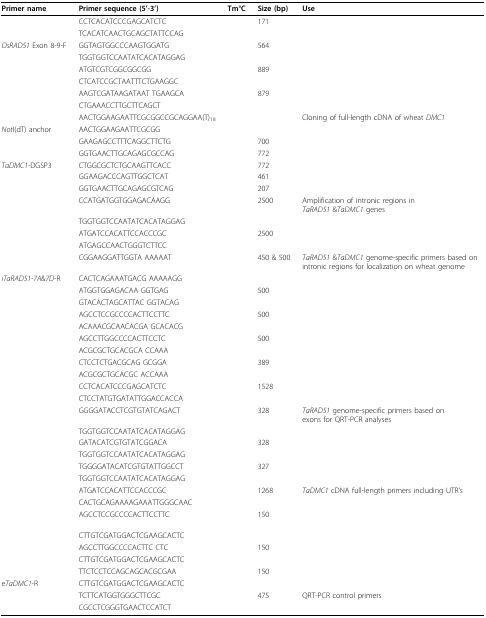
<table><thead><tr><td><b>Primer name</b></td><td><b>Primer sequence (5'-3')</b></td><td><b>Tm°C</b></td><td><b>Size (bp)</b></td><td><b>Use</b></td></tr></thead><tbody><tr><td>[EMPTY_CELL]</td><td>CCTCACATCCCGAGCATCTC</td><td>[EMPTY_CELL]</td><td>171</td><td>[EMPTY_CELL]</td></tr><tr><td>[EMPTY_CELL]</td><td>TCACATCAACTGCAGCTATTCCAG</td><td>[EMPTY_CELL]</td><td>[EMPTY_CELL]</td><td>[EMPTY_CELL]</td></tr><tr><td><i>OsRAD51 </i>Exon 8-9-F</td><td>GGTAGTGGCCCAAGTGGATG</td><td>[EMPTY_CELL]</td><td>564</td><td>[EMPTY_CELL]</td></tr><tr><td>[EMPTY_CELL]</td><td>TGGTGGTCCAATATCACATAGGAG</td><td>[EMPTY_CELL]</td><td>[EMPTY_CELL]</td><td>[EMPTY_CELL]</td></tr><tr><td>[EMPTY_CELL]</td><td>ATGTCGTCGGCGGCGG</td><td>[EMPTY_CELL]</td><td>889</td><td>[EMPTY_CELL]</td></tr><tr><td>[EMPTY_CELL]</td><td>CTCATCCGCTAATTTCTGAAGGC</td><td>[EMPTY_CELL]</td><td>[EMPTY_CELL]</td><td>[EMPTY_CELL]</td></tr><tr><td>[EMPTY_CELL]</td><td>AAGTCGATAAGATAAT TGAAGCA</td><td>[EMPTY_CELL]</td><td>879</td><td>[EMPTY_CELL]</td></tr><tr><td>[EMPTY_CELL]</td><td>CTGAAACCTTGCTTCAGCT</td><td>[EMPTY_CELL]</td><td>[EMPTY_CELL]</td><td>[EMPTY_CELL]</td></tr><tr><td>[EMPTY_CELL]</td><td>AACTGGAAGAATTCGCGGCCGCAGGAA(T)<sub>18</sub></td><td>[EMPTY_CELL]</td><td>[EMPTY_CELL]</td><td>Cloning of full-length cDNA of wheat <i>DMC1</i></td></tr><tr><td><i>Not</i>I(dT) anchor</td><td>AACTGGAAGAATTCGCGG</td><td>[EMPTY_CELL]</td><td>[EMPTY_CELL]</td><td>[EMPTY_CELL]</td></tr><tr><td>[EMPTY_CELL]</td><td>GAAGAGCCTTTCAGGCTTCTG</td><td>[EMPTY_CELL]</td><td>700</td><td>[EMPTY_CELL]</td></tr><tr><td>[EMPTY_CELL]</td><td>GGTGAACTTGCAGAGCGCCAG</td><td>[EMPTY_CELL]</td><td>772</td><td>[EMPTY_CELL]</td></tr><tr><td><i>TaDMC1-</i>DGSP3</td><td>CTGGCGCTCTGCAAGTTCACC</td><td>[EMPTY_CELL]</td><td>772</td><td>[EMPTY_CELL]</td></tr><tr><td>[EMPTY_CELL]</td><td>GGAAGACCCAGTTGGCTCAT</td><td>[EMPTY_CELL]</td><td>461</td><td>[EMPTY_CELL]</td></tr><tr><td>[EMPTY_CELL]</td><td>GGTGAACTTGCAGAGCGTCAG</td><td>[EMPTY_CELL]</td><td>207</td><td>[EMPTY_CELL]</td></tr><tr><td>[EMPTY_CELL]</td><td>CCATGATGGTGGAGACAAGG</td><td>[EMPTY_CELL]</td><td>2500</td><td>Amplification of intronic regions in <i>TaRAD51 </i>&amp;<i>TaDMC1 </i>genes</td></tr><tr><td>[EMPTY_CELL]</td><td>TGGTGGTCCAATATCACATAGGAG</td><td>[EMPTY_CELL]</td><td>[EMPTY_CELL]</td><td>[EMPTY_CELL]</td></tr><tr><td>[EMPTY_CELL]</td><td>ATGATCCACATTCCACCCGC</td><td>[EMPTY_CELL]</td><td>2500</td><td>[EMPTY_CELL]</td></tr><tr><td>[EMPTY_CELL]</td><td>ATGAGCCAACTGGGTCTTCC</td><td>[EMPTY_CELL]</td><td>[EMPTY_CELL]</td><td>[EMPTY_CELL]</td></tr><tr><td>[EMPTY_CELL]</td><td>CGGAAGGATTGGTA AAAAAT</td><td>[EMPTY_CELL]</td><td>450 &amp; 500</td><td><i>TaRAD51 </i>&amp;<i>TaDMC1 </i>genome-specific primers based on intronic regions for localization on wheat genome</td></tr><tr><td><i>iTaRAD51-7A</i>&amp;<i>7D</i>-R</td><td>CACTCAGAAATGACG AAAAAGG</td><td>[EMPTY_CELL]</td><td>[EMPTY_CELL]</td><td>[EMPTY_CELL]</td></tr><tr><td>[EMPTY_CELL]</td><td>ATGGTGGAGACAA GGTGAG</td><td>[EMPTY_CELL]</td><td>500</td><td>[EMPTY_CELL]</td></tr><tr><td>[EMPTY_CELL]</td><td>GTACACTAGCATTAC GGTACAG</td><td>[EMPTY_CELL]</td><td>[EMPTY_CELL]</td><td>[EMPTY_CELL]</td></tr><tr><td>[EMPTY_CELL]</td><td>AGCCTCCGCCCCACTTCCTTC</td><td>[EMPTY_CELL]</td><td>500</td><td>[EMPTY_CELL]</td></tr><tr><td>[EMPTY_CELL]</td><td>ACAAACGCAACACGA GCACACG</td><td>[EMPTY_CELL]</td><td>[EMPTY_CELL]</td><td>[EMPTY_CELL]</td></tr><tr><td>[EMPTY_CELL]</td><td>AGCCTTGGCCCCACTTCCTC</td><td>[EMPTY_CELL]</td><td>500</td><td>[EMPTY_CELL]</td></tr><tr><td>[EMPTY_CELL]</td><td>ACGCGCTGCACGCA CCAAA</td><td>[EMPTY_CELL]</td><td>[EMPTY_CELL]</td><td>[EMPTY_CELL]</td></tr><tr><td>[EMPTY_CELL]</td><td>CTCCTCTGACGCAG GCGGA</td><td>[EMPTY_CELL]</td><td>389</td><td>[EMPTY_CELL]</td></tr><tr><td>[EMPTY_CELL]</td><td>ACGCGCTGCACGC ACCAAA</td><td>[EMPTY_CELL]</td><td>[EMPTY_CELL]</td><td>[EMPTY_CELL]</td></tr><tr><td>[EMPTY_CELL]</td><td>CCTCACATCCCGAGCATCTC</td><td>[EMPTY_CELL]</td><td>1528</td><td>[EMPTY_CELL]</td></tr><tr><td>[EMPTY_CELL]</td><td>CTCCTATGTGATATTGGACCACCA</td><td>[EMPTY_CELL]</td><td>[EMPTY_CELL]</td><td>[EMPTY_CELL]</td></tr><tr><td>[EMPTY_CELL]</td><td>GGGGATACCTCGTGTATCAGACT</td><td>[EMPTY_CELL]</td><td>328</td><td><i>TaRAD51 </i>genome-specific primers based on exons for QRT-PCR analyses</td></tr><tr><td>[EMPTY_CELL]</td><td>TGGTGGTCCAATATCACATAGGAG</td><td>[EMPTY_CELL]</td><td>[EMPTY_CELL]</td><td>[EMPTY_CELL]</td></tr><tr><td>[EMPTY_CELL]</td><td>GATACATCGTGTATCGGACA</td><td>[EMPTY_CELL]</td><td>328</td><td>[EMPTY_CELL]</td></tr><tr><td>[EMPTY_CELL]</td><td>TGGTGGTCCAATATCACATAGGAG</td><td>[EMPTY_CELL]</td><td>[EMPTY_CELL]</td><td>[EMPTY_CELL]</td></tr><tr><td>[EMPTY_CELL]</td><td>TGGGGATACATCGTGTATTGGCCT</td><td>[EMPTY_CELL]</td><td>327</td><td>[EMPTY_CELL]</td></tr><tr><td>[EMPTY_CELL]</td><td>TGGTGGTCCAATATCACATAGGAG</td><td>[EMPTY_CELL]</td><td>[EMPTY_CELL]</td><td>[EMPTY_CELL]</td></tr><tr><td>[EMPTY_CELL]</td><td>ATGATCCACATTCCACCCGC</td><td>[EMPTY_CELL]</td><td>1268</td><td><i>TaDMC1 </i>cDNA full-length primers including UTR's</td></tr><tr><td>[EMPTY_CELL]</td><td>CACTGCAGAAAAGAAATTGGGCAAC</td><td>[EMPTY_CELL]</td><td>[EMPTY_CELL]</td><td>[EMPTY_CELL]</td></tr><tr><td>[EMPTY_CELL]</td><td>AGCCTCCGCCCCACTTCCTTC</td><td>[EMPTY_CELL]</td><td>150</td><td>[EMPTY_CELL]</td></tr><tr><td>[EMPTY_CELL]</td><td>CTTGTCGATGGACTCGAAGCACTC</td><td>[EMPTY_CELL]</td><td>[EMPTY_CELL]</td><td>[EMPTY_CELL]</td></tr><tr><td>[EMPTY_CELL]</td><td>AGCCTTGGCCCCACTTC CTC</td><td>[EMPTY_CELL]</td><td>150</td><td>[EMPTY_CELL]</td></tr><tr><td>[EMPTY_CELL]</td><td>CTTGTCGATGGACTCGAAGCACTC</td><td>[EMPTY_CELL]</td><td>[EMPTY_CELL]</td><td>[EMPTY_CELL]</td></tr><tr><td>[EMPTY_CELL]</td><td>TTCTCCTCCAGCAGCACGCGAA</td><td>[EMPTY_CELL]</td><td>150</td><td>[EMPTY_CELL]</td></tr><tr><td>e<i>TaDMC1</i>-R</td><td>CTTGTCGATGGACTCGAAGCACTC</td><td>[EMPTY_CELL]</td><td>[EMPTY_CELL]</td><td>[EMPTY_CELL]</td></tr><tr><td>[EMPTY_CELL]</td><td>TCTTCATGGTGGGCTTCGC</td><td>[EMPTY_CELL]</td><td>475</td><td>QRT-PCR control primers</td></tr><tr><td>[EMPTY_CELL]</td><td>CGCCTCGGGTGAACTCCATCT</td><td>[EMPTY_CELL]</td><td>[EMPTY_CELL]</td><td>[EMPTY_CELL]</td></tr></tbody></table>